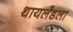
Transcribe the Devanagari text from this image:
थायलँडला